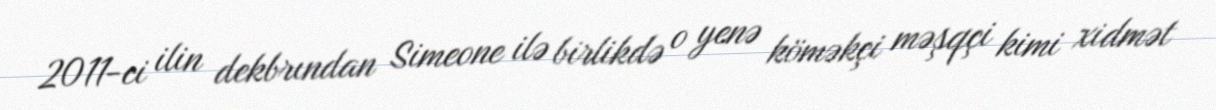
2011-ci ilin dekbrından Simeone ilə birlikdə o yenə köməkçi məşqçi kimi xidmət